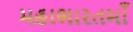
મહાભારતમાઁ